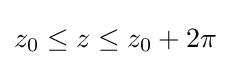
z_{0}\leq z\leq z_{0}+2\pi